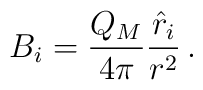
B_i = {Q_M\over 4\pi} { {\hat r}_i \over r^2}  \, .